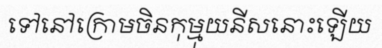
ទៅនៅក្រោមចិនកុម្មុយនីសនោះឡើយ